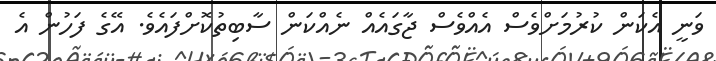
ވަނީ އެކަން ކުރުމަށްވެސް އެއްވެސް ޖާގައެއް ނެއްކަން ސާބިތުކޮށްފައެވެ. އޭގެ ފަހުން އެ